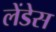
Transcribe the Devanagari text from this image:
लेंडेस